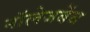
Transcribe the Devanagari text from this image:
नॉलेजबेंच